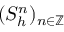
( S _ { h } ^ { n } ) _ { n \in \mathbb { Z } }